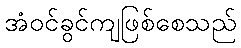
အံဝင်ခွင်ကျဖြစ်စေသည်